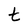
Character: t